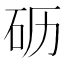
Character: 𰦦